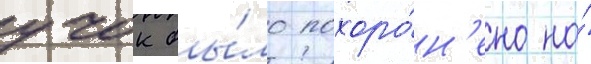
учок бы́ло похоро́н'ено на́